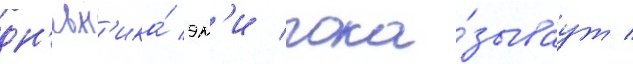
дн'евн'ика́ эм'и пока́зываут /